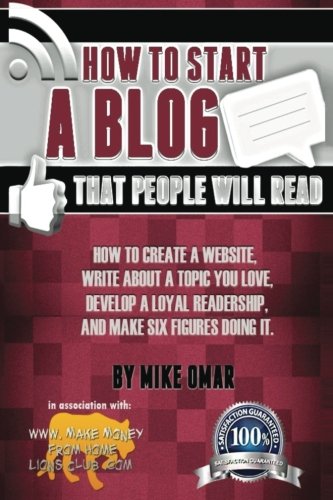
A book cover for How to Start a Blog that People Will Read: How to create a website, write about a topic you love, develop a loyal readership, and make six figures doing it. (THE MAKE MONEY FROM HOME LIONS CLUB); Mike Omar; Computers & Technology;